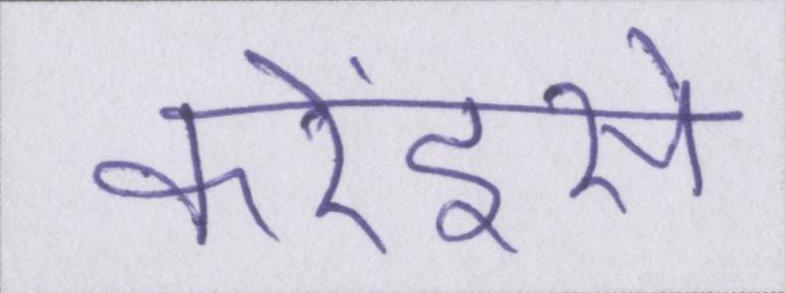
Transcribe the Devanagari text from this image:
करेंइसे